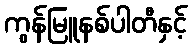
ကွန်မြူနစ်ပါတီနှင့်